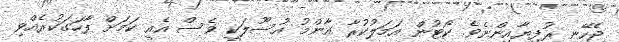
ޖެހޭނީ ރުފިޔާއިންނެވެ. ކޯޓުން އަމަލުކުރާ އާންމު އުސޫލަކީ ވެސް އެއީ ކަމަށް ފާހަގަކުރެއްވި